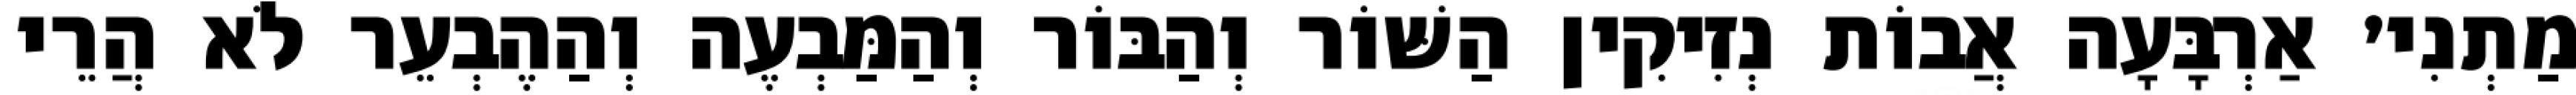
מַתְנִי׳ אַרְבָּעָה אֲבוֹת נְזִיקִין הַשּׁוֹר וְהַבּוֹר וְהַמַּבְעֶה וְהַהֶבְעֵר לֹא הֲרֵי